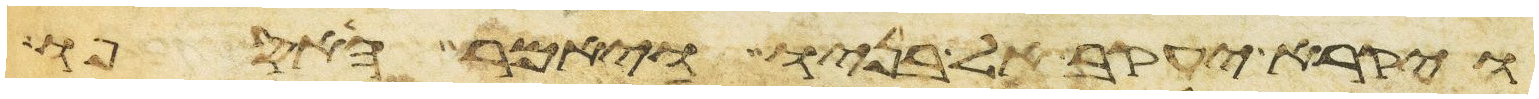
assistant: ויקרא יעקב אל בניו ויאמר האספו